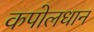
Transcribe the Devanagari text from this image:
कपोलधान